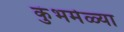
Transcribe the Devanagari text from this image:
कुंभमेळ्या